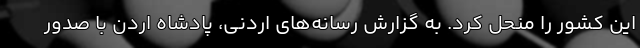
این کشور را منحل کرد. به گزارش رسانه‌های اردنی، پادشاه اردن با صدور